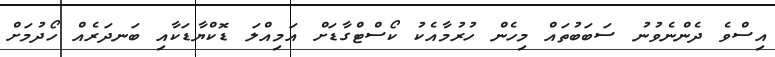
އިސްވެ ދެންނެވުނު ސަބަބުތައް މިހެން ހުރުމާއެކު ކޯސްޓްގާޑަށް އަމިއްލަ ޑޮކްޔާޑަކާއި ބަނދަރެއް ހޯދުމަށް